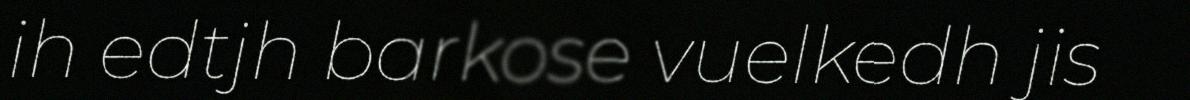
ih edtjh barkose vuelkedh jis